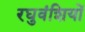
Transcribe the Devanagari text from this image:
रघुवंशियों